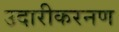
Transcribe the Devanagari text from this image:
उदारीकरनण